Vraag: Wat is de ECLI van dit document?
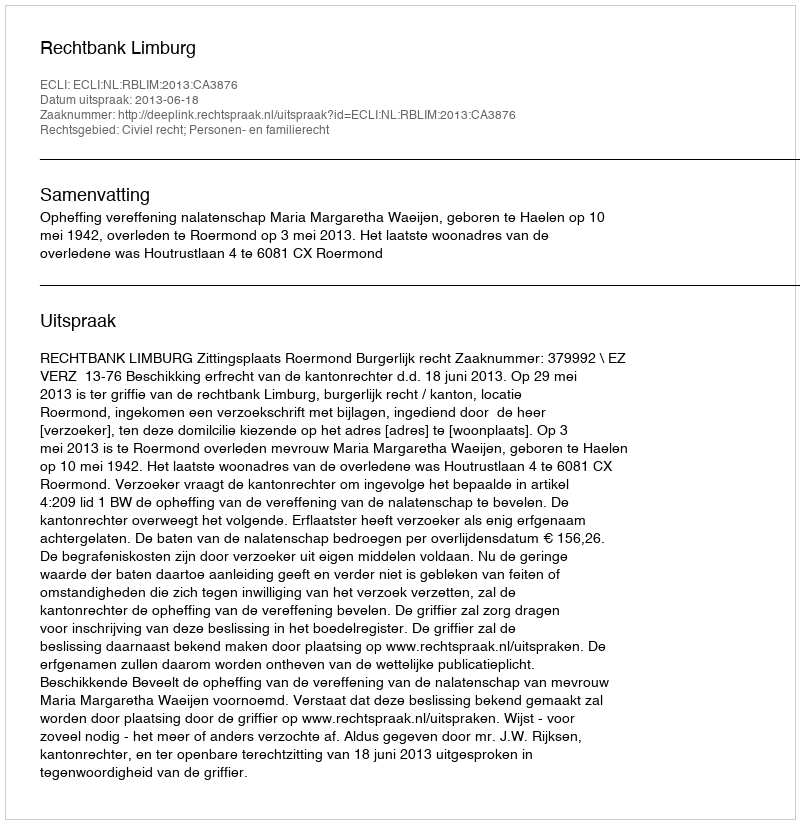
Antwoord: ECLI:NL:RBLIM:2013:CA3876